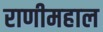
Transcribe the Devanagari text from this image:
राणीमहाल